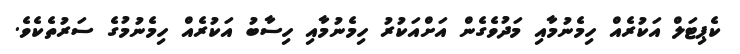
ކެޕިޓަލް އަކުރެއް ހިމެނުމާއި މަދުވެގެން އަށްއަކުރު ހިމެނުމާއި ހިސާބު އަކުރެއް ހިމެނުމުގެ ސަރުތެކެވެ.